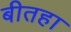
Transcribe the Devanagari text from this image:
बीतहा